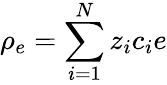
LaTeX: \rho_{e}=\sum_{i=1}^{N}z_{i}c_{i}e